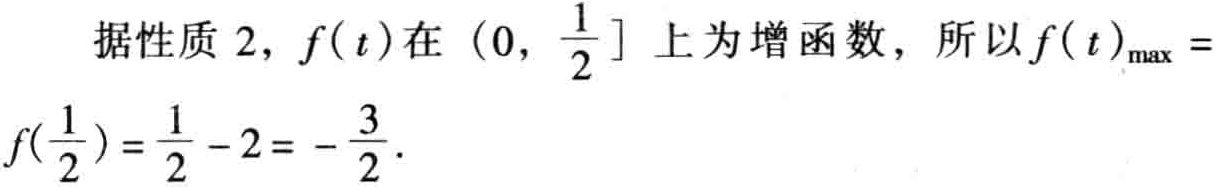
据性质 2，\(f(t)\)在\((0, \frac{1}{2}]\)上为增函数，所以\(f(t)_{\max } = f(\frac{1}{2})=\frac{1}{2}-2=-\frac{3}{2}\)。